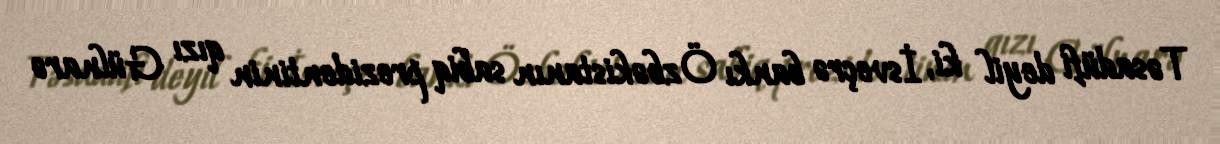
Təsadüfi deyil ki, İsveçrə bankı Özbəkistanın sabiq prezidentinin qızı Gülnarə